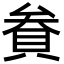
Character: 貵